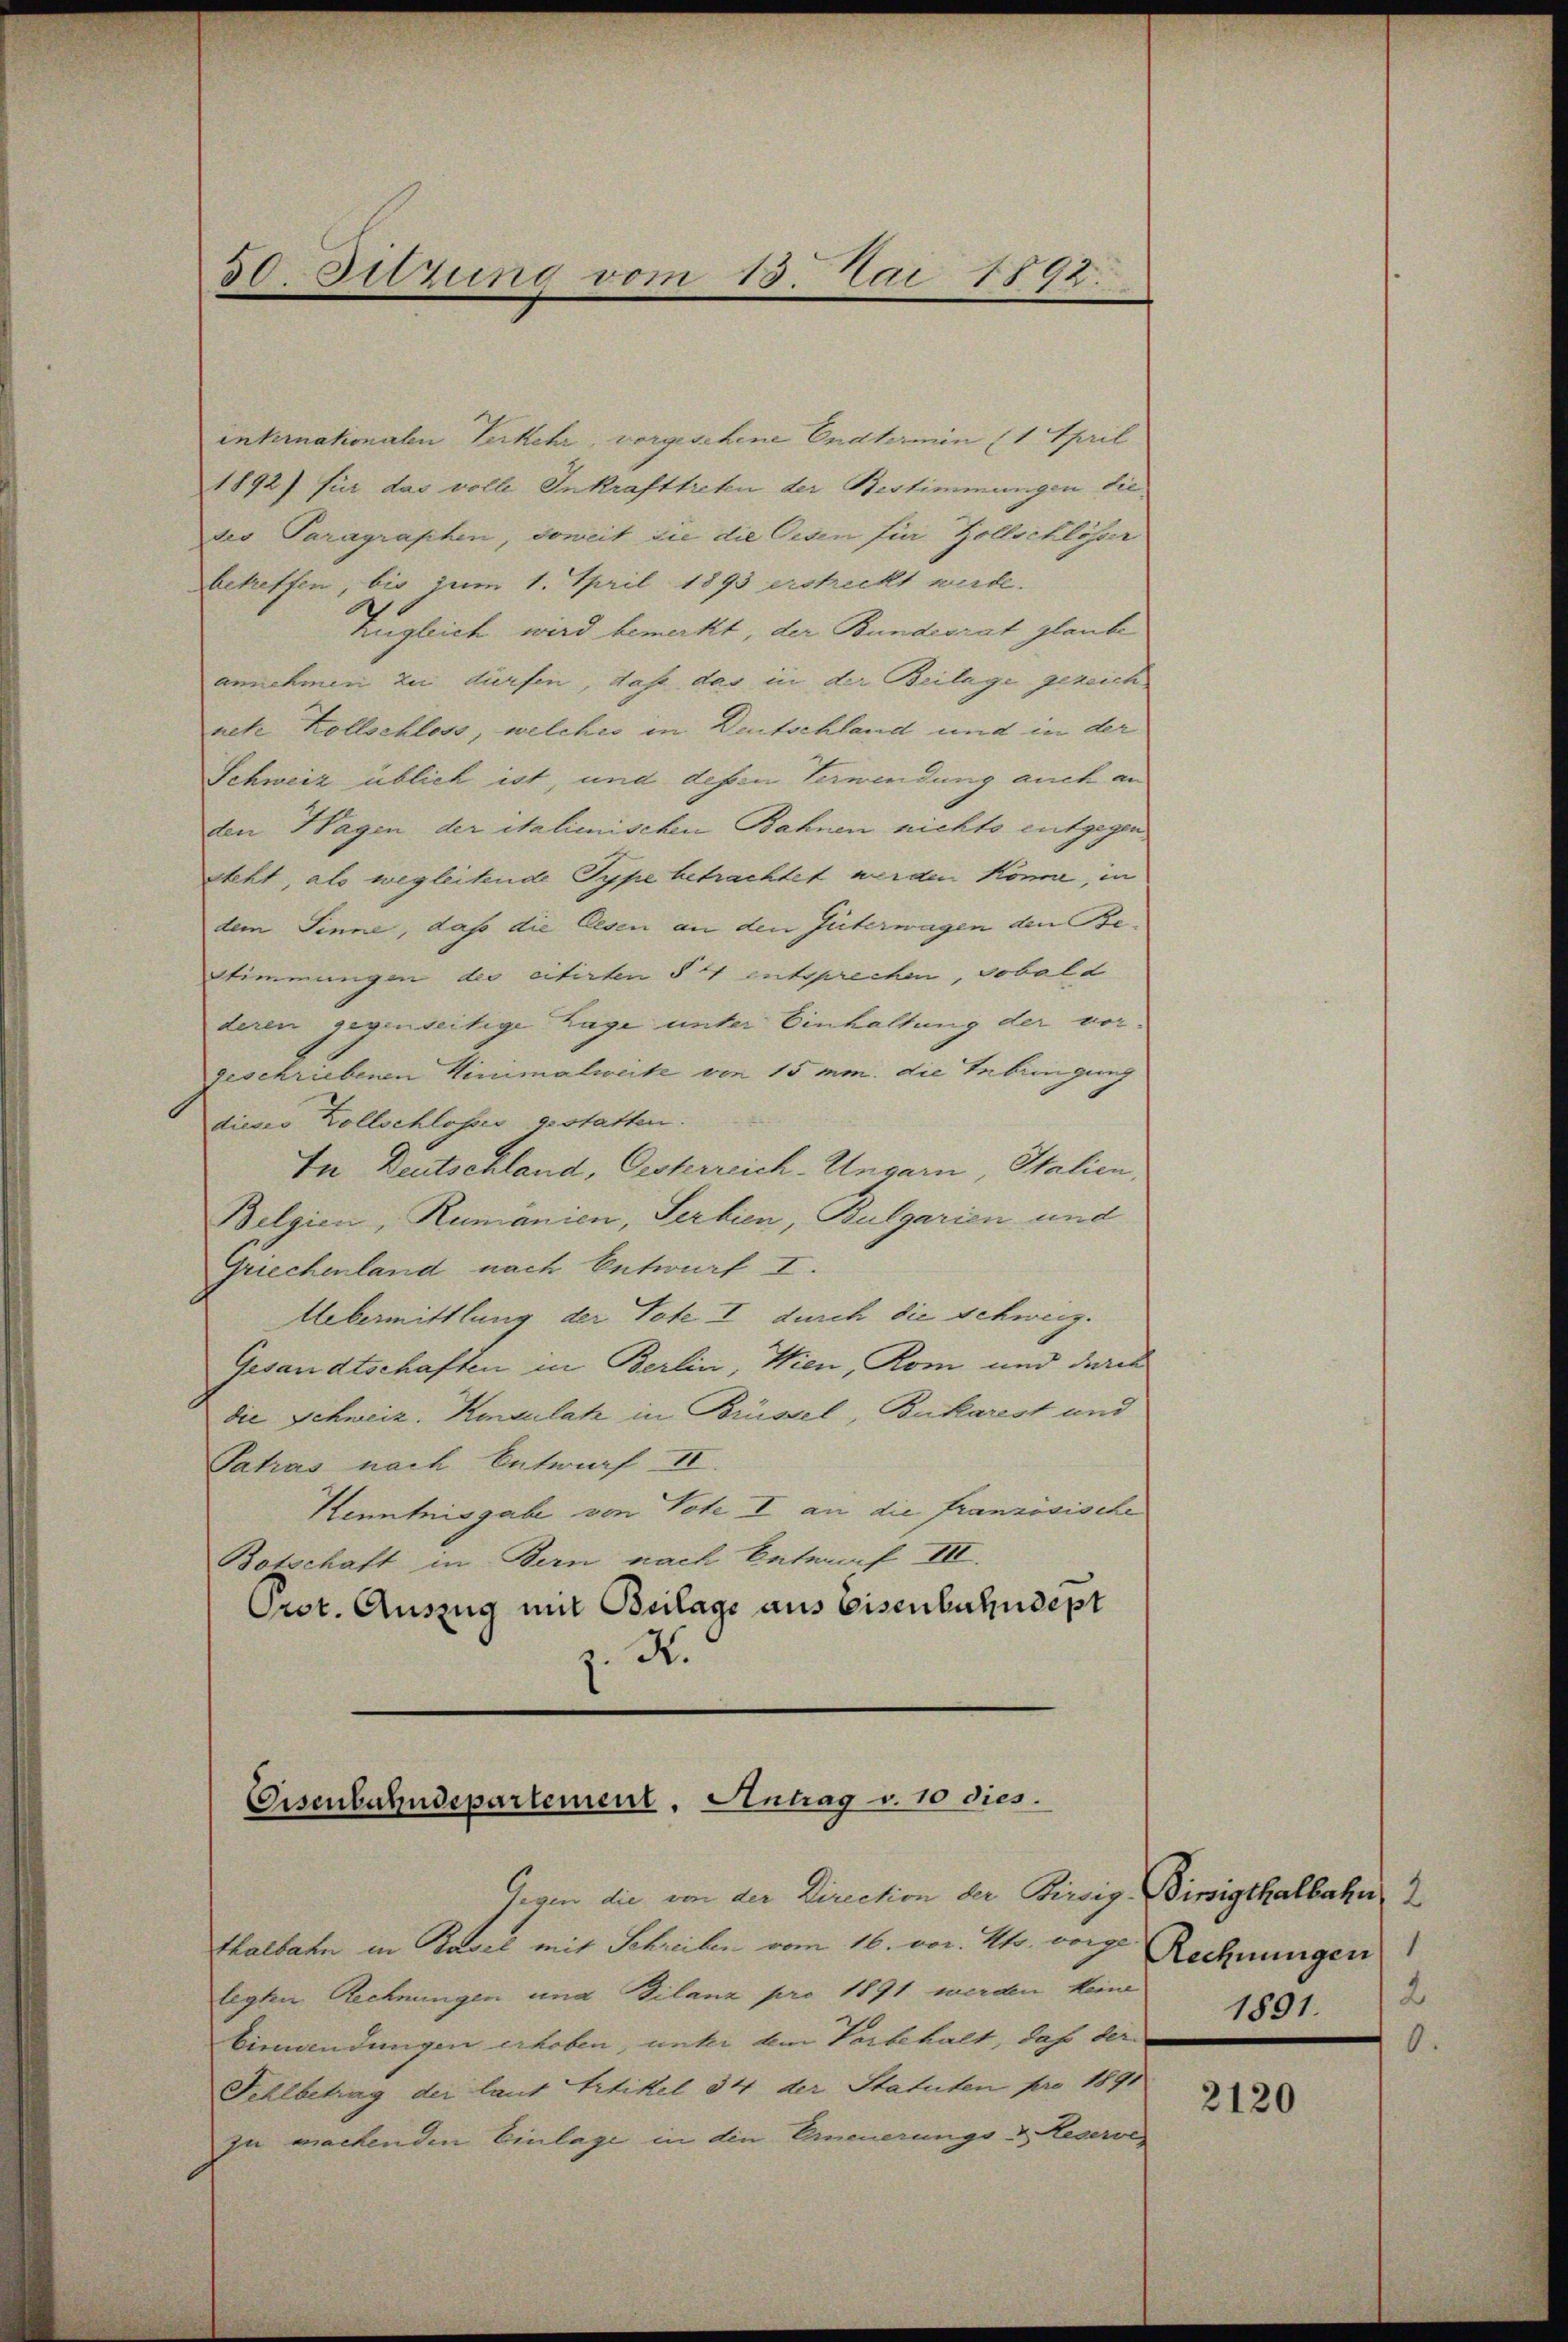
30. Sitzung vom 15. Mai 1892.

internationalen Verkehr, vorgesehene Endtermin (1 April
1892) für das volle Inkrafttreten der Bestimmungen dieses Paragraphen, soweit sie die Oesen für Zollschlösser
betreffen, bis zum 1. April 1893 erstreckt werde.
Zugleich wird bemerkt, der Bundesrat glaube
annehmen zu dürfen, daß das in der Beilage gezeichnete Kollschloss, welches in Deutschland und in der
Schweiz üblich ist, und dessen Verwendung auch an
den Hagen der italienischen Bahnen nichte entgegen
steht, als wegleitende Type betrachtet werden könne, in
dem Sinne, daß die lesen an den Güterwagen den Be¬
Stimmungen des citirten § 4 entsprechen, sobald
deren gegenweitige Lage unter Einhaltung der vorgeschriebenen Winimalweite von 15 mm. die Gebringung
dieser Zollschlosses gestatten.
In Deutschland, Oesterreich-Ungarn, Italien,
Belgien, Rumänien, Serbien, Bulgarien und
Griechenland nach Entwurf I.
Uebermittlung der Tote I durch die Schweiz.
Gesandtschaften in Berlin, Wien, Rom und deres
die Schweiz. Konsulat in Brüssel, Bukarest und
Patros nach Entwurf II.
Kenntnisgabe von Tote I an die Französische
Botschaft in Bern nach betraf III.
Prot. Auszug mit Beilage aus Eisenbahndept
z. R.

Eisenbahndepartement, Antrag v. 10 dies

Gegen die von der Direction der Bisig Bissigthalbahn 2
thalbahn in Kavel mit Schreiben vom 16. vor. Mts. vorge. Rechnungen
legten Rechnungen und Bilanz pro 1891 werden keine
bimandungen erhoben, unter dem Vorbehalt, daß der     331.
Fehlbetrag der laut Artikel 34 der Statuten pro 1891
zu wachenden Einlage in die Erneuerungs- & Hegerve

2
0

2120